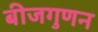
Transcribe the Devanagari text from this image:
बीजगुणन